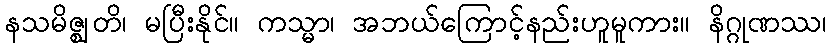
နသမိဇ္ဈတိ၊ မပြီးနိုင်။ ကသ္မာ၊ အဘယ်ကြောင့်နည်းဟူမူကား။ နိဂ္ဂုဏဿ၊